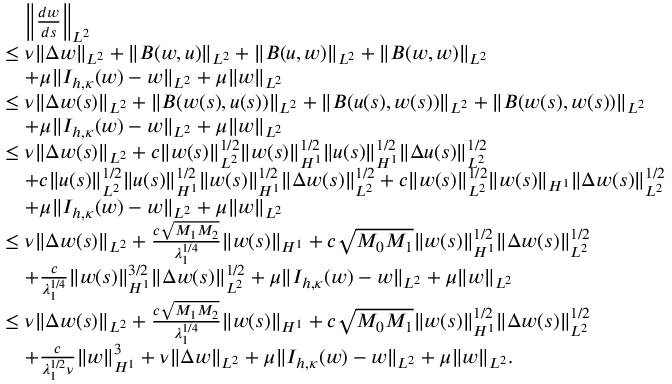
\begin{array} { r l } { \allowdisplaybreaks } & { \quad \left\Vert \frac { d w } { d s } \right\Vert _ { L ^ { 2 } } } \\ & { \leq \nu \| \Delta w \| _ { L ^ { 2 } } + \| B ( w , u ) \| _ { L ^ { 2 } } + \| B ( u , w ) \| _ { L ^ { 2 } } + \| B ( w , w ) \| _ { L ^ { 2 } } } \\ & { \quad + \mu \| I _ { h , \kappa } ( w ) - w \| _ { L ^ { 2 } } + \mu \| w \| _ { L ^ { 2 } } } \\ & { \leq \nu \| \Delta w ( s ) \| _ { L ^ { 2 } } + \| B ( w ( s ) , u ( s ) ) \| _ { L ^ { 2 } } + \| B ( u ( s ) , w ( s ) ) \| _ { L ^ { 2 } } + \| B ( w ( s ) , w ( s ) ) \| _ { L ^ { 2 } } } \\ & { \quad + \mu \| I _ { h , \kappa } ( w ) - w \| _ { L ^ { 2 } } + \mu \| w \| _ { L ^ { 2 } } } \\ & { \leq \nu \| \Delta w ( s ) \| _ { L ^ { 2 } } + c \| w ( s ) \| _ { L ^ { 2 } } ^ { 1 / 2 } \| w ( s ) \| _ { H ^ { 1 } } ^ { 1 / 2 } \| u ( s ) \| _ { H ^ { 1 } } ^ { 1 / 2 } \| \Delta u ( s ) \| _ { L ^ { 2 } } ^ { 1 / 2 } } \\ & { \quad + c \| u ( s ) \| _ { L ^ { 2 } } ^ { 1 / 2 } \| u ( s ) \| _ { H ^ { 1 } } ^ { 1 / 2 } \| w ( s ) \| _ { H ^ { 1 } } ^ { 1 / 2 } \| \Delta w ( s ) \| _ { L ^ { 2 } } ^ { 1 / 2 } + c \| w ( s ) \| _ { L ^ { 2 } } ^ { 1 / 2 } \| w ( s ) \| _ { H ^ { 1 } } \| \Delta w ( s ) \| _ { L ^ { 2 } } ^ { 1 / 2 } } \\ & { \quad + \mu \| I _ { h , \kappa } ( w ) - w \| _ { L ^ { 2 } } + \mu \| w \| _ { L ^ { 2 } } } \\ & { \leq \nu \| \Delta w ( s ) \| _ { L ^ { 2 } } + \frac { c \sqrt { M _ { 1 } M _ { 2 } } } { \lambda _ { 1 } ^ { 1 / 4 } } \| w ( s ) \| _ { H ^ { 1 } } + c \sqrt { M _ { 0 } M _ { 1 } } \| w ( s ) \| _ { H ^ { 1 } } ^ { 1 / 2 } \| \Delta w ( s ) \| _ { L ^ { 2 } } ^ { 1 / 2 } } \\ & { \quad + \frac { c } { \lambda _ { 1 } ^ { 1 / 4 } } \| w ( s ) \| _ { H ^ { 1 } } ^ { 3 / 2 } \| \Delta w ( s ) \| _ { L ^ { 2 } } ^ { 1 / 2 } + \mu \| I _ { h , \kappa } ( w ) - w \| _ { L ^ { 2 } } + \mu \| w \| _ { L ^ { 2 } } } \\ & { \leq \nu \| \Delta w ( s ) \| _ { L ^ { 2 } } + \frac { c \sqrt { M _ { 1 } M _ { 2 } } } { \lambda _ { 1 } ^ { 1 / 4 } } \| w ( s ) \| _ { H ^ { 1 } } + c \sqrt { M _ { 0 } M _ { 1 } } \| w ( s ) \| _ { H ^ { 1 } } ^ { 1 / 2 } \| \Delta w ( s ) \| _ { L ^ { 2 } } ^ { 1 / 2 } } \\ & { \quad + \frac { c } { \lambda _ { 1 } ^ { 1 / 2 } \nu } \| w \| _ { H ^ { 1 } } ^ { 3 } + \nu \| \Delta w \| _ { L ^ { 2 } } + \mu \| I _ { h , \kappa } ( w ) - w \| _ { L ^ { 2 } } + \mu \| w \| _ { L ^ { 2 } } . } \end{array}